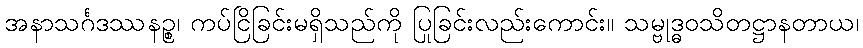
အနာသင်္ဂဒဿနဉ္စ၊ ကပ်ငြိခြင်းမရှိသည်ကို ပြုခြင်းလည်းကောင်း။ သမ္ဗုဒ္ဓဝသိတဋ္ဌာနတာယ၊